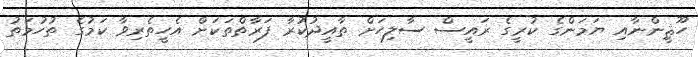
ހޫޘީންނާއި ޔަމަންގެ ކުރީގެ ރައީސް ސާލިހަށް ތާއީދުކުރާ ފަރާތްތަކަށް އެހީތެރިވާ ކަމުގެ ތުހުމަތު